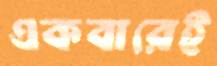
একবারেই